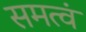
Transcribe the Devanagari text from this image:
समत्वं